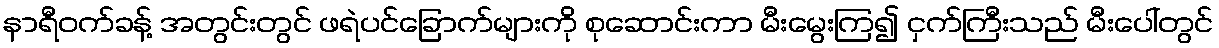
နာရီဝက်ခန့် အတွင်းတွင် ဖရဲပင်ခြောက်များကို စုဆောင်းကာ မီးမွေးကြ၍ ငှက်ကြီးသည် မီးပေါ်တွင်